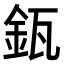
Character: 𨥯